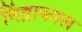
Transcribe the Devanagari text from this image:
निंद्राकाल